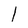
Character: l